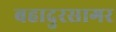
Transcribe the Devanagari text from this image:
बहादुरसागर